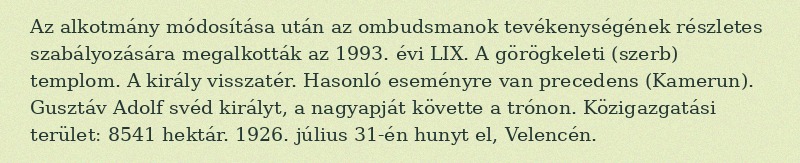
Az alkotmány módosítása után az ombudsmanok tevékenységének részletes szabályozására megalkották az 1993. évi LIX. A görögkeleti (szerb) templom. A király visszatér. Hasonló eseményre van precedens (Kamerun). Gusztáv Adolf svéd királyt, a nagyapját követte a trónon. Közigazgatási terület: 8541 hektár. 1926. július 31-én hunyt el, Velencén.